Senior Leaving Certificate Examination (including Day School Certificate (Higher) General paper), 1948
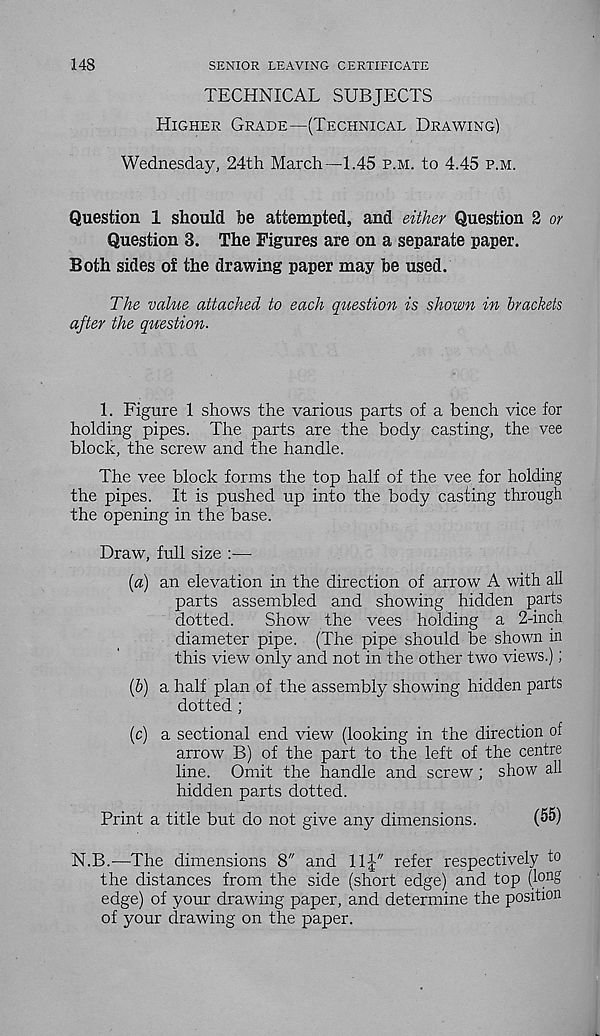
148
SENIOR LEAVING CERTIFICATE
TECHNICAL SUBJECTS
Higher Grade—(Technical Drawing)
Wednesday, 24th March—1.45 p.m. to 4.45 p.m.
Question 1 should be attempted, and either Question 2 or
Question 3. The Figures are on a separate paper.
Both sides o£ the drawing paper may be used.
The value attached to each question is shown in brackets
after the question.
1. Figure 1 shows the various parts of a bench vice for
holding pipes. The parts are the body casting, the vee
block, the screw and the handle.
The vee block forms the top half of the vee for holding
the pipes. It is pushed up into the body casting through
the opening in the base.
Draw, full size —
{a) an elevation in the direction of arrow A with all
parts assembled and showing hidden parts
dotted.
Show the vees holding a 2-inch
diameter pipe. (The pipe should be shown in
this view only and not in the other two views.);
(b) a half plan of the assembly showing hidden parts
dotted ;
(c) a sectional end view (looking in the direction of
arrow B) of the part to the left of the centre
line. Omit the handle and screw; show all
hidden parts dotted.
Print a title but do not give any dimensions.
(^)
N.B.—The dimensions 8" and 11J" refer respectively to
the distances from the side (short edge) and top (long
edge) of your drawing paper, and determine the position
of your drawing on the paper.